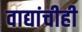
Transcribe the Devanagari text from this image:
वाद्यांचीही